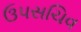
ઉપસચિવ